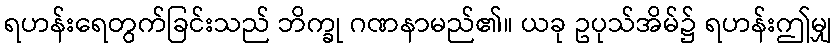
ရဟန်းရေတွက်ခြင်းသည် ဘိက္ခု ဂဏနာမည်၏။ ယခု ဥပုသ်အိမ်၌ ရဟန်းဤမျှ